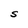
Character: S